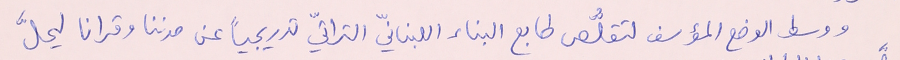
ووسط الوضع المؤسف لتقلُّص طابع البناء اللبنانّي التراثّي تدريجياً عن مدننا وقرانا ليحلَّ